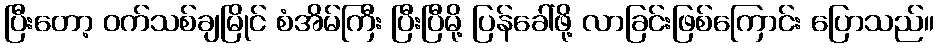
ပြီးတော့ ဝက်သစ်ချမြိုင် စံအိမ်ကြီး ပြီးပြီမို့ ပြန်ခေါ်ဖို့ လာခြင်းဖြစ်ကြောင်း ပြောသည်။